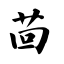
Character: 茴